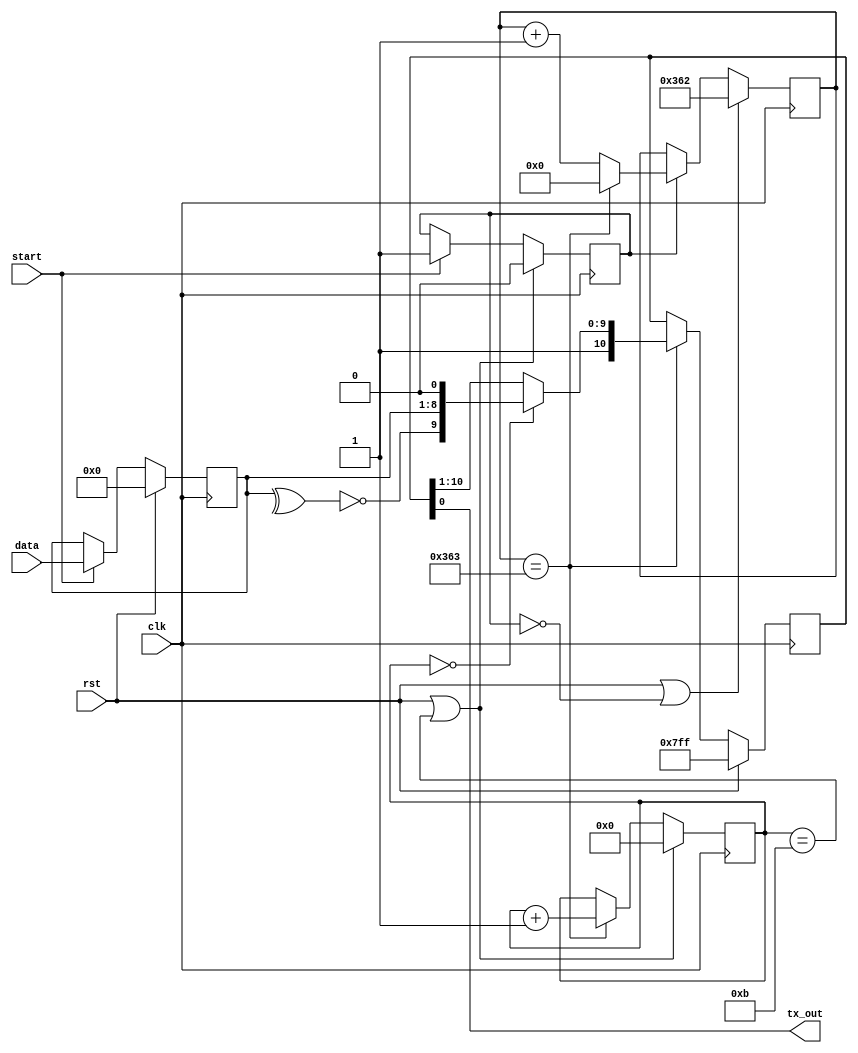
/*****************************************************************/
/*                                                               */
/* UART ado, 115200 bps, 8O1 mod                                 */
/*                                                               */
/* Az atvitelt a start bemenetre adott 1 orajel hosszusagu       */
/* impulzussal lehet inditani. Az adatbemenet latchelt, igy adas */
/* kozben is megvaltoztathato. A felhasznalo dolga ellenorizni,  */
/* hogy adas kozben ne jojjon start impulzus.                    */
/*                                                               */
/*****************************************************************/

`timescale 1ns / 1ps

module uart(
	input clk,       //orajel (100 MHz)
	input rst,       //reset
	input[7:0] data, //kuldendo adat
	input start,     //adasindito impulzus
	output tx_out    //UART kimenet
);

	reg[3:0] tx_cntr; //hanyadik bitet kuldjuk ki

	/* allapotgep */
	reg busy;
	always@(posedge clk)
		if(rst|(tx_cntr==11))
			busy<=0;
		else if(start)
			busy<=1;

	/* bemenet latchelese */
	reg[7:0] data_lat;
	always@(posedge clk)
		if(rst)
			data_lat<=0;
		else if(start)
			data_lat<=data;

	/* engedelyezo impulzus 115207.4 bps-hez */
	wire tx_en;
	reg[9:0] cntr;
	always@(posedge clk)
		if(rst|(~busy))
			cntr<=10'd866;
		else if(busy)
			cntr<=tx_en?(10'd0):(cntr+1'b1);
	assign tx_en=(cntr==867);

	/* elkuldott bitek szamolasa */
	always@(posedge clk)
		if(rst|(tx_cntr==11))
			tx_cntr<=0;
		else if(tx_en)
			tx_cntr<=tx_cntr+1'b1;

	/* shift regiszter */
	reg[10:0] tx_shr;
	always@(posedge clk)
		if(rst)
			tx_shr<=11'b11111111111;
		else if(tx_en)
			if(tx_cntr==0)
				tx_shr<={1'b1,~(^data_lat),data_lat,1'b0};
			else
				tx_shr<={1'b1,tx_shr[10:1]};

	assign tx_out=tx_shr[0];

endmodule